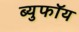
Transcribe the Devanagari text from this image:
ब्युफॉय